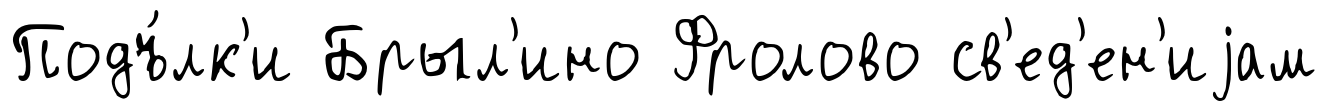
Подъ́лк'и Брыл'ино Фролово св'ед'ен'иjам